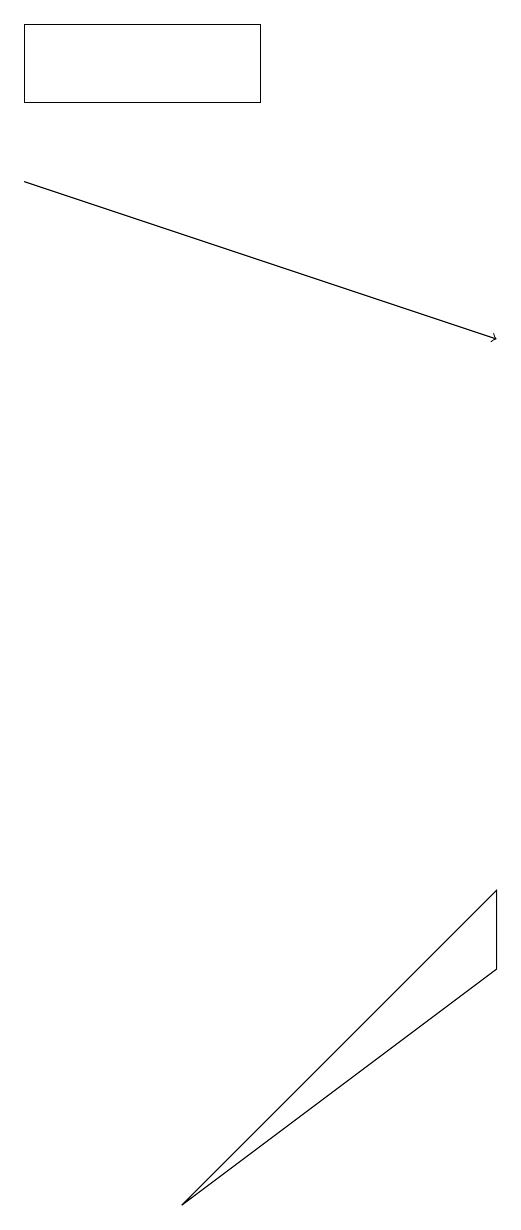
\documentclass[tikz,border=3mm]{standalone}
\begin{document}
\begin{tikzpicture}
\draw[->] (0,15) -- (6,13);
\draw (3,17) rectangle (0,16);
\draw (6,6) -- (2,2) -- (6,5) -- cycle;
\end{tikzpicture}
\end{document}